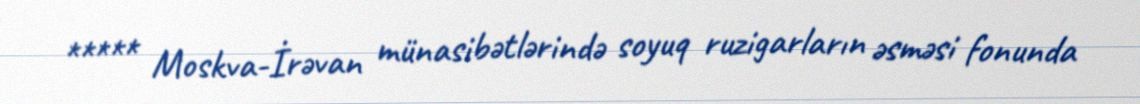
***** Moskva-İrəvan münasibətlərində soyuq ruzigarların əsməsi fonunda